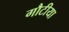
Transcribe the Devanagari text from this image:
गौटीया